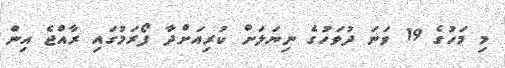
މި މަހުގެ 19 ވަނަ ދުވަހުގެ ނިޔަލަށް ކުރިއަށްދާ ފޯރަމުގައި ރާއްޖެ އިން